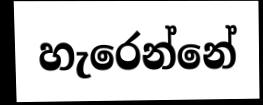
හැරෙන්නේ